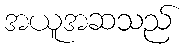
အယူအဆသည်